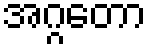
အဂ္ဂတော